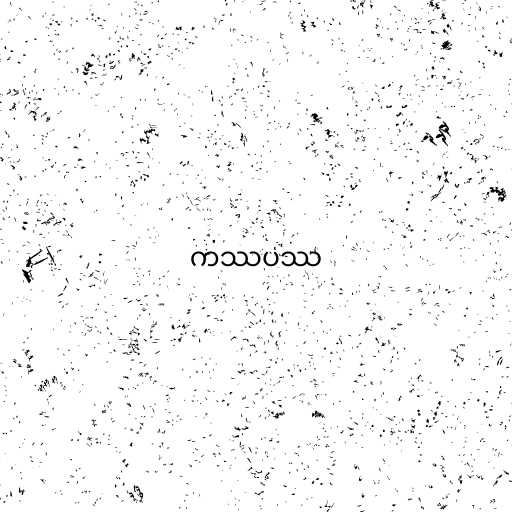
ကဿပဿ